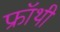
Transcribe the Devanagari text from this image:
फ्रॉथी